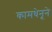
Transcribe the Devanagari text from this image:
कामधेनूने